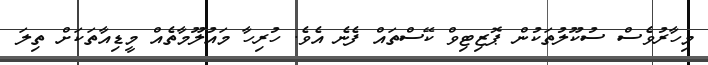
މިހާރުވެސް ސުކޫލުތަކުން ޕޮޒިޓިވް ކޭސްތައް ފެނެ އެވެ. ހުރިހާ މައުލޫމާތެއް މީޑިއާތަކަށް ތިލަ